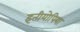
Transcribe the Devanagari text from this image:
इतीयोपिया